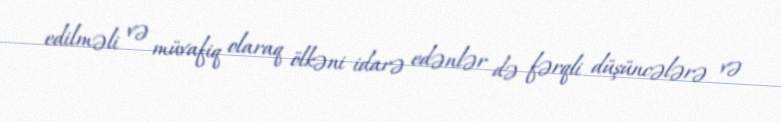
edilməli və müvafiq olaraq ölkəni idarə edənlər də fərqli düşüncələrə və